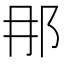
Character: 𨙻